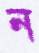
ন